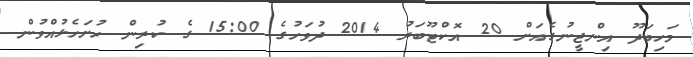
މަހިބަދޫ އިންޖީނުގެއަށް 20 އޮކްޓޫބަރު 2014 ދުވަހުގެ 15:00 ގެ ކުރިން ހުށަހެޅުއްވުން